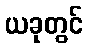
ယခုတွင်